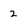
Character: 2